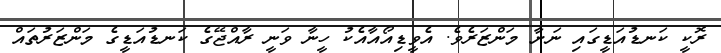
ރޮކީ ކަނޑުއަޑީގައި ނަށާ މަންޒަރެވެ. އެވީޑިއޯއާއެކު ހީނާ ވަނީ ރާއްޖޭގެ ކަނޑުއަޑީގެ މަންޒަރުތައް